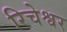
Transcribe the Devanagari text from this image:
रिचेश्वर